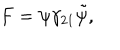
LaTeX: F = \psi \gamma _ { 2 1 } \tilde { \psi } ,